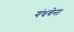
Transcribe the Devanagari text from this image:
गंधबेना